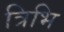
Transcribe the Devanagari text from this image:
त्रिभि